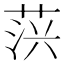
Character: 𦲍